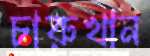
চারুখান